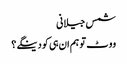
شمس جیلانی
ووٹ تو ہم ان ہی کو دینگے ؟